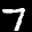
Label: 7